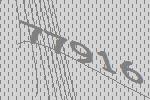
77916